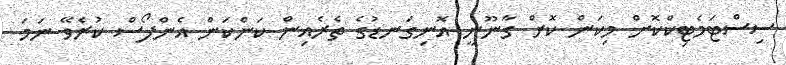
ސިސްޓަމެޓިކްކޮށް މިކަން ކޮށް ގާނޫނީ އޮނިގަނޑުގެ ތެރެއިން ކަންކަން އެންފޯސް ކުރެވޭ ނަމަ